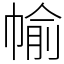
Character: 㡏